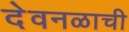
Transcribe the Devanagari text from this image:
देवनळाची